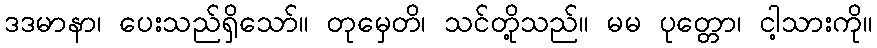
ဒဒမာနာ၊ ပေးသည်ရှိသော်။ တုမှေတိ၊ သင်တို့သည်။ မမ ပုတ္တော၊ ငါ့သားကို။